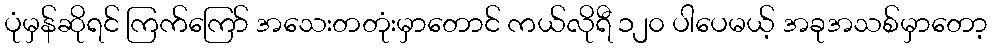
ပုံမှန်ဆိုရင် ကြက်ကြော် အသေးတတုံးမှာတောင် ကယ်လိုရီ ၁၂၀ ပါပေမယ့် အခုအသစ်မှာတော့